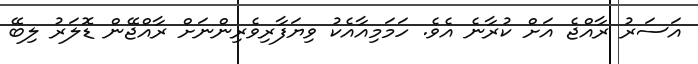
އަސަރު ރާއްޖެ އަށް ކުރާނެ އެވެ. ހަމަމިއާއެކު ވިޔަފާރިވެރިންނަށް ރާއްޖޭން ޑޮލަރު ލިބޭ